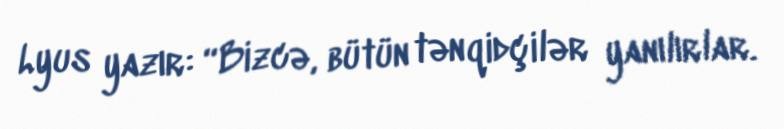
Lyus yazır: “Bizcə, bütün tənqidçilər yanılırlar.